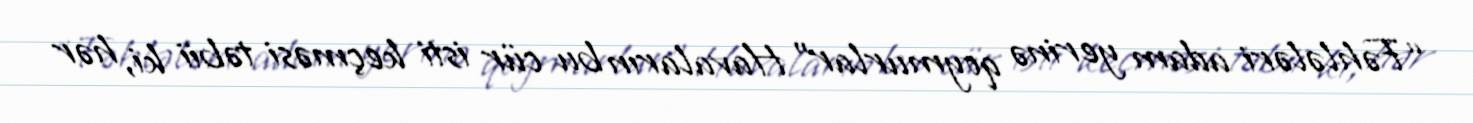
“Fəhlələri adam yerinə qoymurlar” Havaların bu cür isti keçməsi təbii ki, hər